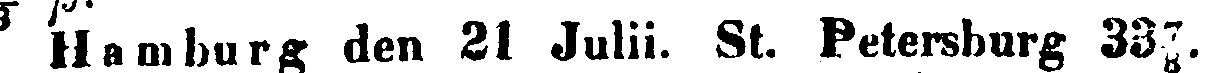
Hamburg den 21 Julii. St. Petersburg 33⅞.